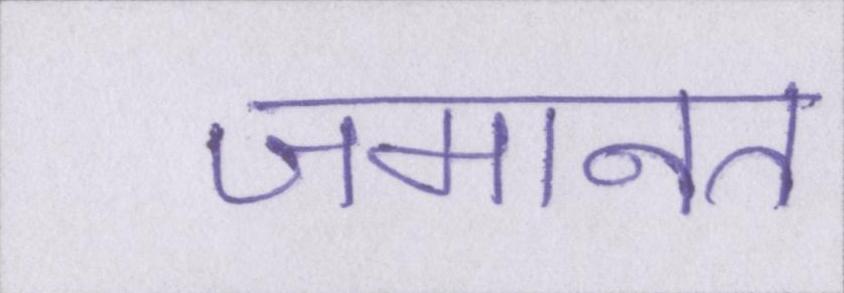
जमानत